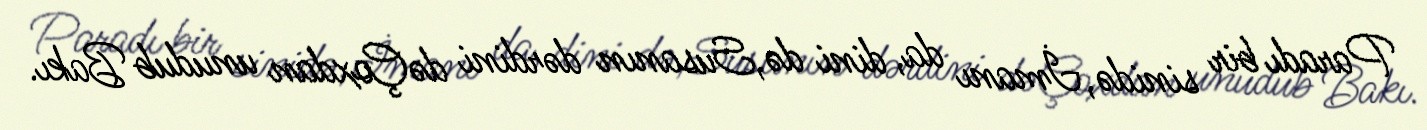
Paradı bir sinidə,İmanı da, dini də,Susanın dərdini dəÇoxdan unudub Bakı.